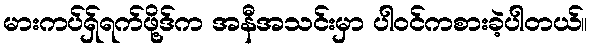
မားကပ်ရှ်ရက်ဖို့ဒ်က အနီအသင်းမှာ ပါဝင်ကစားခဲ့ပါတယ်။